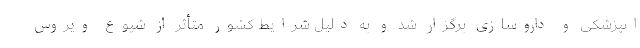
انپزشکی و داروسازی برگزار شد و به دلیل شرایط کشور متأثر از شیوع ویروس